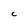
Character: C